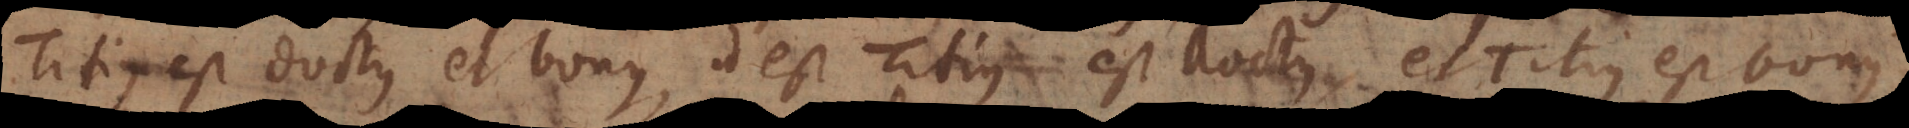
itius est doctus et bonus, id est Titius est doctus et Titius est bonu